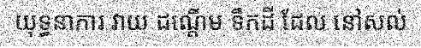
យុទ្ធនាការ វាយ ដណ្តើម ទឹកដី ដែល នៅសល់